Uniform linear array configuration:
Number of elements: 32
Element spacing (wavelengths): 1
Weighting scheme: kaiser
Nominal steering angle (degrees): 15
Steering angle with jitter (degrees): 16.711
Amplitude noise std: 0.05
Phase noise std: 0.05

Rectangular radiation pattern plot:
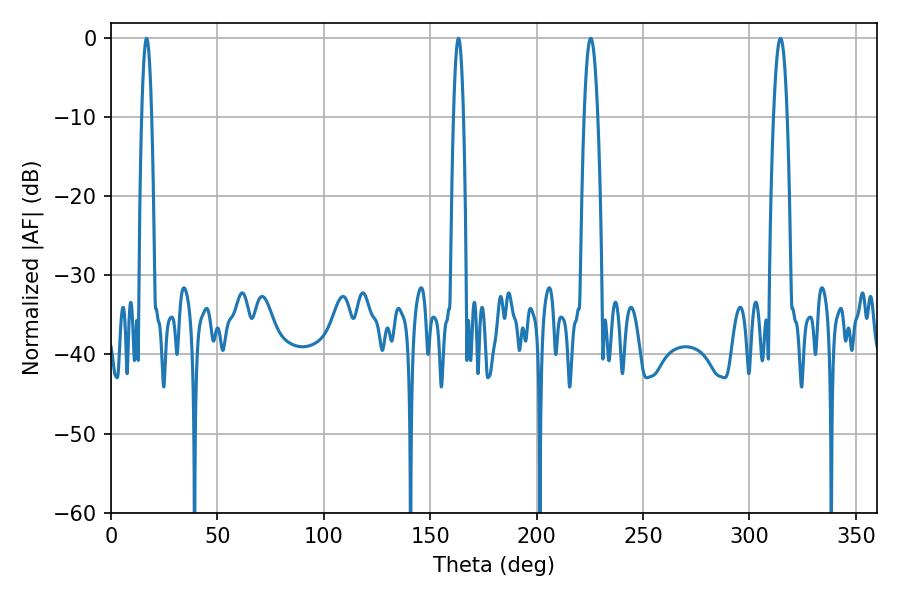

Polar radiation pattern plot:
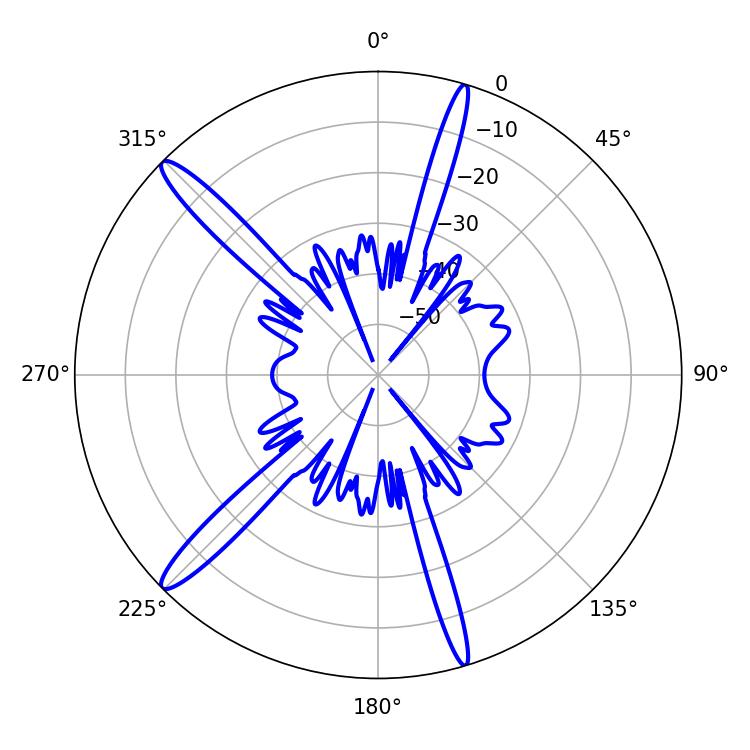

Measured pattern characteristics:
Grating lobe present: TRUE
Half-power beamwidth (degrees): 2.52
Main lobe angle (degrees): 16.74